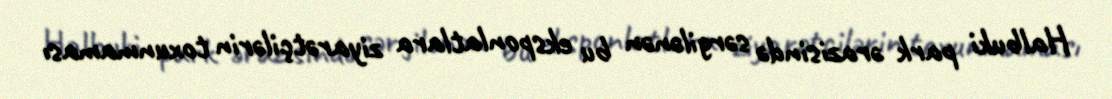
Halbuki park ərazisində sərgilənən bu eksponlatlara ziyarətçilərin toxunmaması